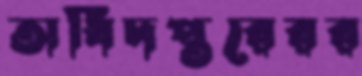
অধিদপ্তরেরর